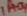
Text: IA-04